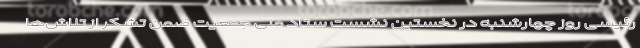
رئیسی روز چهارشنبه در نخستین نشست ستاد ملی جمعیت ضمن تشکر از تلاش‌ها